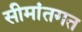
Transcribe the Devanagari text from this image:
सीमांतगत